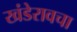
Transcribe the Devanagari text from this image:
खंडेरावचा